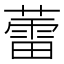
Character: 蕾